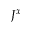
J ^ { x }